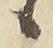
候